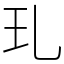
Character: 玌